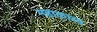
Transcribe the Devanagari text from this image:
महाकाब्‍य